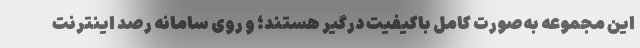
این مجموعه به‌صورت کامل باکیفیت درگیر هستند؛ و روی سامانه رصد اینترنت